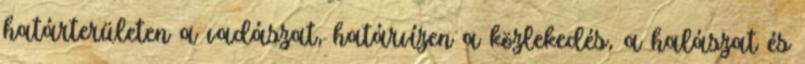
határterületen a vadászat, határvízen a közlekedés, a halászat és